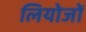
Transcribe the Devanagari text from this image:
लियोजों